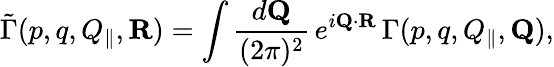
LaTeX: \tilde{\Gamma}(p,q,Q_{\| },{\mathbf R})=\int{\frac{d{\mathbf Q}}{(2\pi)^{2}}}\, e^{i{\mathbf Q}\cdot{\mathbf R}}\, \Gamma(p,q,Q_{\| },{\mathbf Q}),